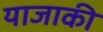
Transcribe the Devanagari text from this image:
याजाकी